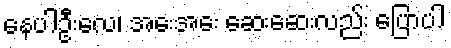
နေပါဦးလေ၊ အေးအေး ဆေးဆေးလည်း ပြောပါ